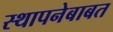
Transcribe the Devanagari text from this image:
स्थापनेबाबत